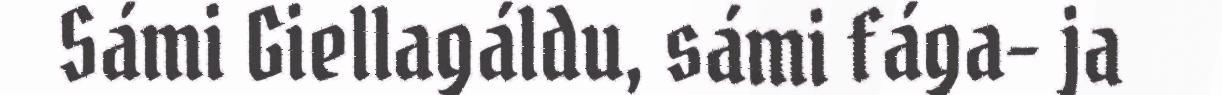
Sámi Giellagáldu, sámi fága- ja